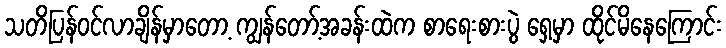
သတိပြန်ဝင်လာချိန်မှာတော့ ကျွန်တော့်အခန်းထဲက စာရေးစားပွဲ ရှေ့မှာ ထိုင်မိနေကြောင်း